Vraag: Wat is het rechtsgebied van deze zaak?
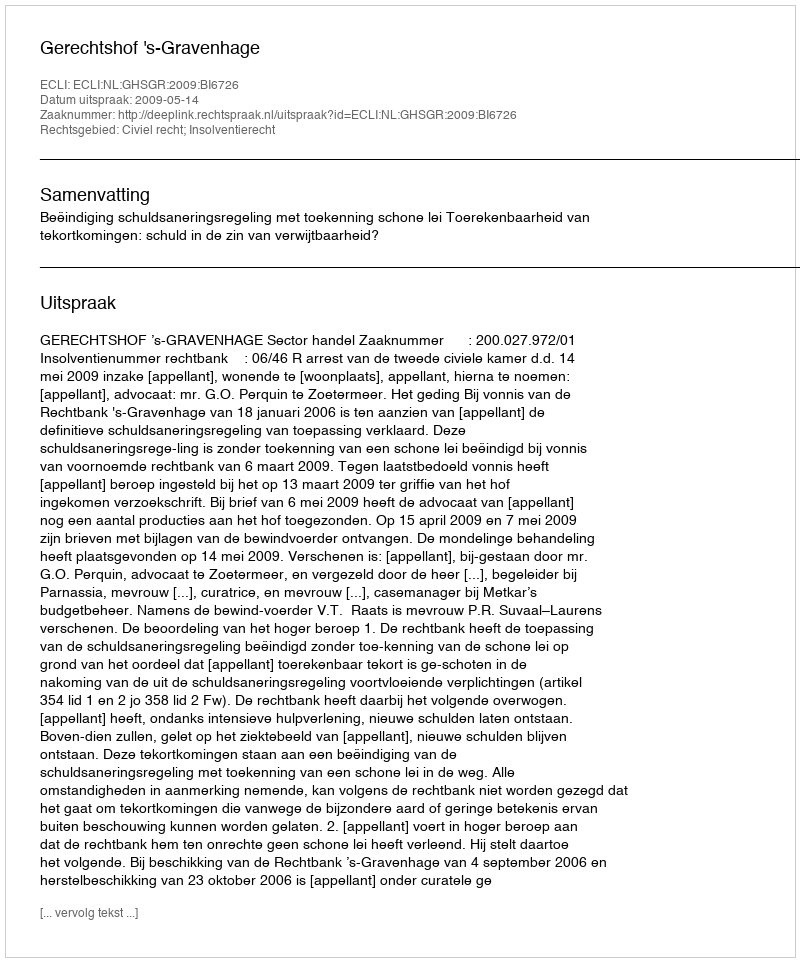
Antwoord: Civiel recht; Insolventierecht